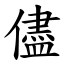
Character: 儘